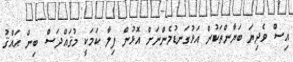
އިސް ވެދިޔަ ބަޔާންތަކުން އަޅުގަނޑުމެންނަށް އޮޅުން ފިލާ ކަމަކީ މުޤައްދަސް ބިން ޙައްޤު